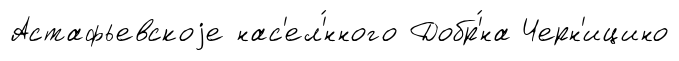
Астафьевскоjе нас'ел'́нного Добр'́на Черн'ицино